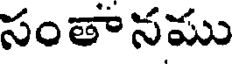
సంతానము